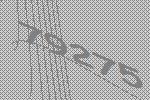
79275